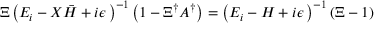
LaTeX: \Xi \left( E _ { i } - { \cal X } { \bar { H } } + i \epsilon \, \right) ^ { - 1 } \left( 1 - \Xi ^ { \dagger } { \cal A } ^ { \dagger } \right) = \left( E _ { i } - H + i \epsilon \, \right) ^ { - 1 } \left( \Xi - 1 \right)